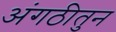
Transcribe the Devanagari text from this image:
अंगठीतुन